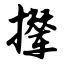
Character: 撵